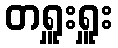
တရှူးရှူး